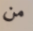
من